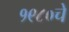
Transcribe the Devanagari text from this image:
१९८०चे